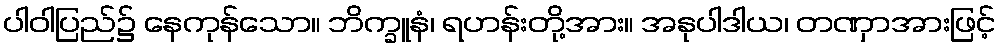
ပါဝါပြည်၌ နေကုန်သော။ ဘိက္ခူနံ၊ ရဟန်းတို့အား။ အနုပါဒါယ၊ တဏှာအားဖြင့်